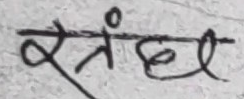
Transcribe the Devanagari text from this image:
स्रेंदेल